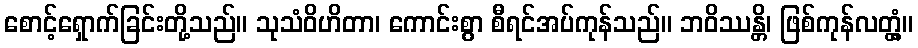
စောင့်ရှောက်ခြင်းတို့သည်။ သုသံဝိဟိတာ၊ ကောင်းစွာ စီရင်အပ်ကုန်သည်။ ဘဝိဿန္တိ၊ ဖြစ်ကုန်လတ္တံ့။